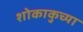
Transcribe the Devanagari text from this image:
शोकाकुच्या